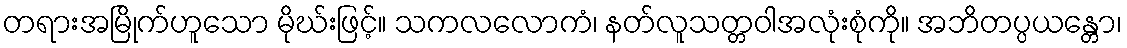
တရားအမြိုက်ဟူသော မိုဃ်းဖြင့်။ သကလလောကံ၊ နတ်လူသတ္တဝါအလုံးစုံကို။ အဘိတပ္ပယန္တော၊